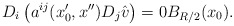
\begin{align*}D_i \left(a^{ij}(x_0',x'')D_{j}\hat v\right)=0B_{R/2}(x_0).\end{align*}